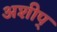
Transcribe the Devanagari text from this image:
अशीप्